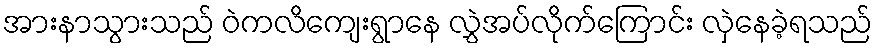
အားနာသွားသည် ဝဲကလိကျေးရွာနေ လွှဲအပ်လိုက်ကြောင်း လှဲနေခဲ့ရသည်